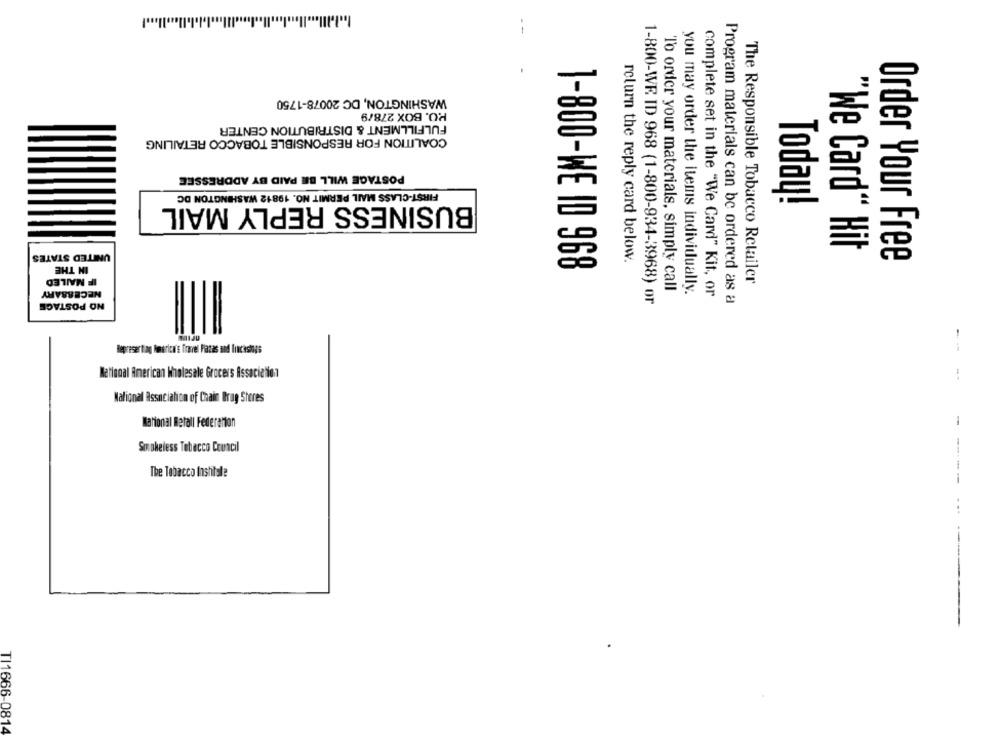
WASHINGTON, DC 20078-1750
PO. BOX 278/9
FULFILLMENT & DISTRIBUTION CENTER
COALITION FOR RESPONSIBLE TOBACCO RETAILING
POSTAGE WILL BE PAID BY ADDRESSEE
FIRST-CLASS MAIL PERMIT NO. 19812 WASHINGTON DC
BUSINESS REPLY MAIL
Today!
UNITED STATES
"We Card" Hit
IN THE
return the reply card below.
Order Your Free
1-800-WE ID 968
IF NAILED
The Responsible Tobacco Retailer
NECESSARY
To order your materials, simply call
you may order the items individually.
NO POSTAGE
complete set in the "We Card" Kit, or
1-800-WE. ID 968 (1-800-934-3968) or
Program materials can be ordered as a
--
Metional American Wholesale Grocers Association
National Association of Chain Drug Stores
-
Smokeless Tobacco Council
--
The Tobacco Inshitele
--
- --
----
TI1666-0814